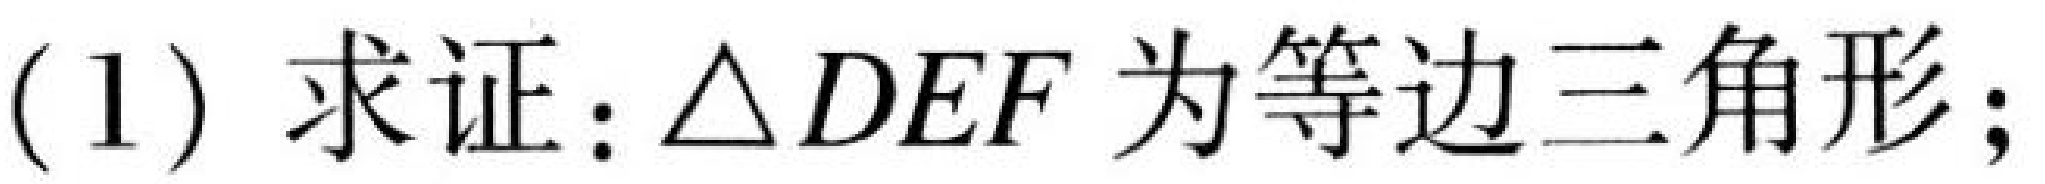
(1) 求证：\(\triangle DEF\)为等边三角形；